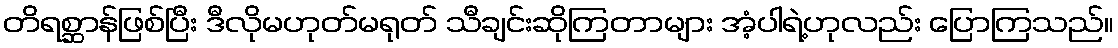
တိရစ္ဆာန်ဖြစ်ပြီး ဒီလိုမဟုတ်မရုတ် သီချင်းဆိုကြတာများ အံ့ပါရဲ့ဟုလည်း ပြောကြသည်။